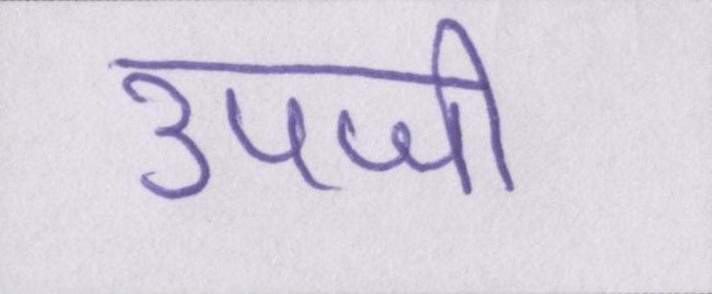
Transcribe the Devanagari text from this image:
उपजी